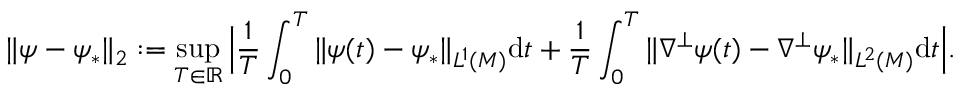
\| \psi - \psi _ { * } \| _ { 2 } : = \operatorname* { s u p } _ { T \in \mathbb { R } } \Big | \frac { 1 } { T } \int _ { 0 } ^ { T } \| \psi ( t ) - \psi _ { * } \| _ { L ^ { 1 } ( M ) } \mathrm { d } t + \frac { 1 } { T } \int _ { 0 } ^ { T } \| \nabla ^ { \perp } \psi ( t ) - \nabla ^ { \perp } \psi _ { * } \| _ { L ^ { 2 } ( M ) } \mathrm { d } t \Big | .